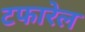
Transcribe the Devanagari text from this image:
टफारेल